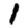
Digit: 1